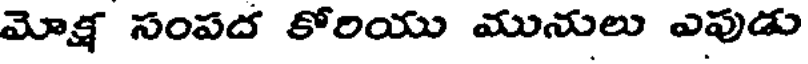
మోక్ష సంపద కోరియు మునులు ఎవుడు